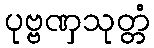
ပုဗ္ဗဏှသုတ္တံ